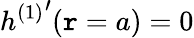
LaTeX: h{^{(1)}}^{\prime}(\mathtt{r}=a)=0